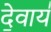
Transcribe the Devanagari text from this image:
दे॒वाय॑